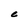
Character: C